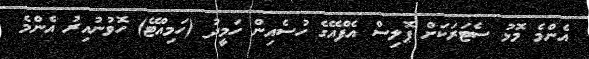
އެންމެ މޮޅު ސެޓަރަކަށް ޕޮލިސް އެފްއޭގެ ހުސެއިން ހަމީދު (ހަމިއްޓޭ) ހޮވުނުއިރު އެންމެ